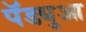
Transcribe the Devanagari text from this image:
पॅड्युआ